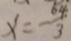
x = - \frac { 6 4 } { 3 }